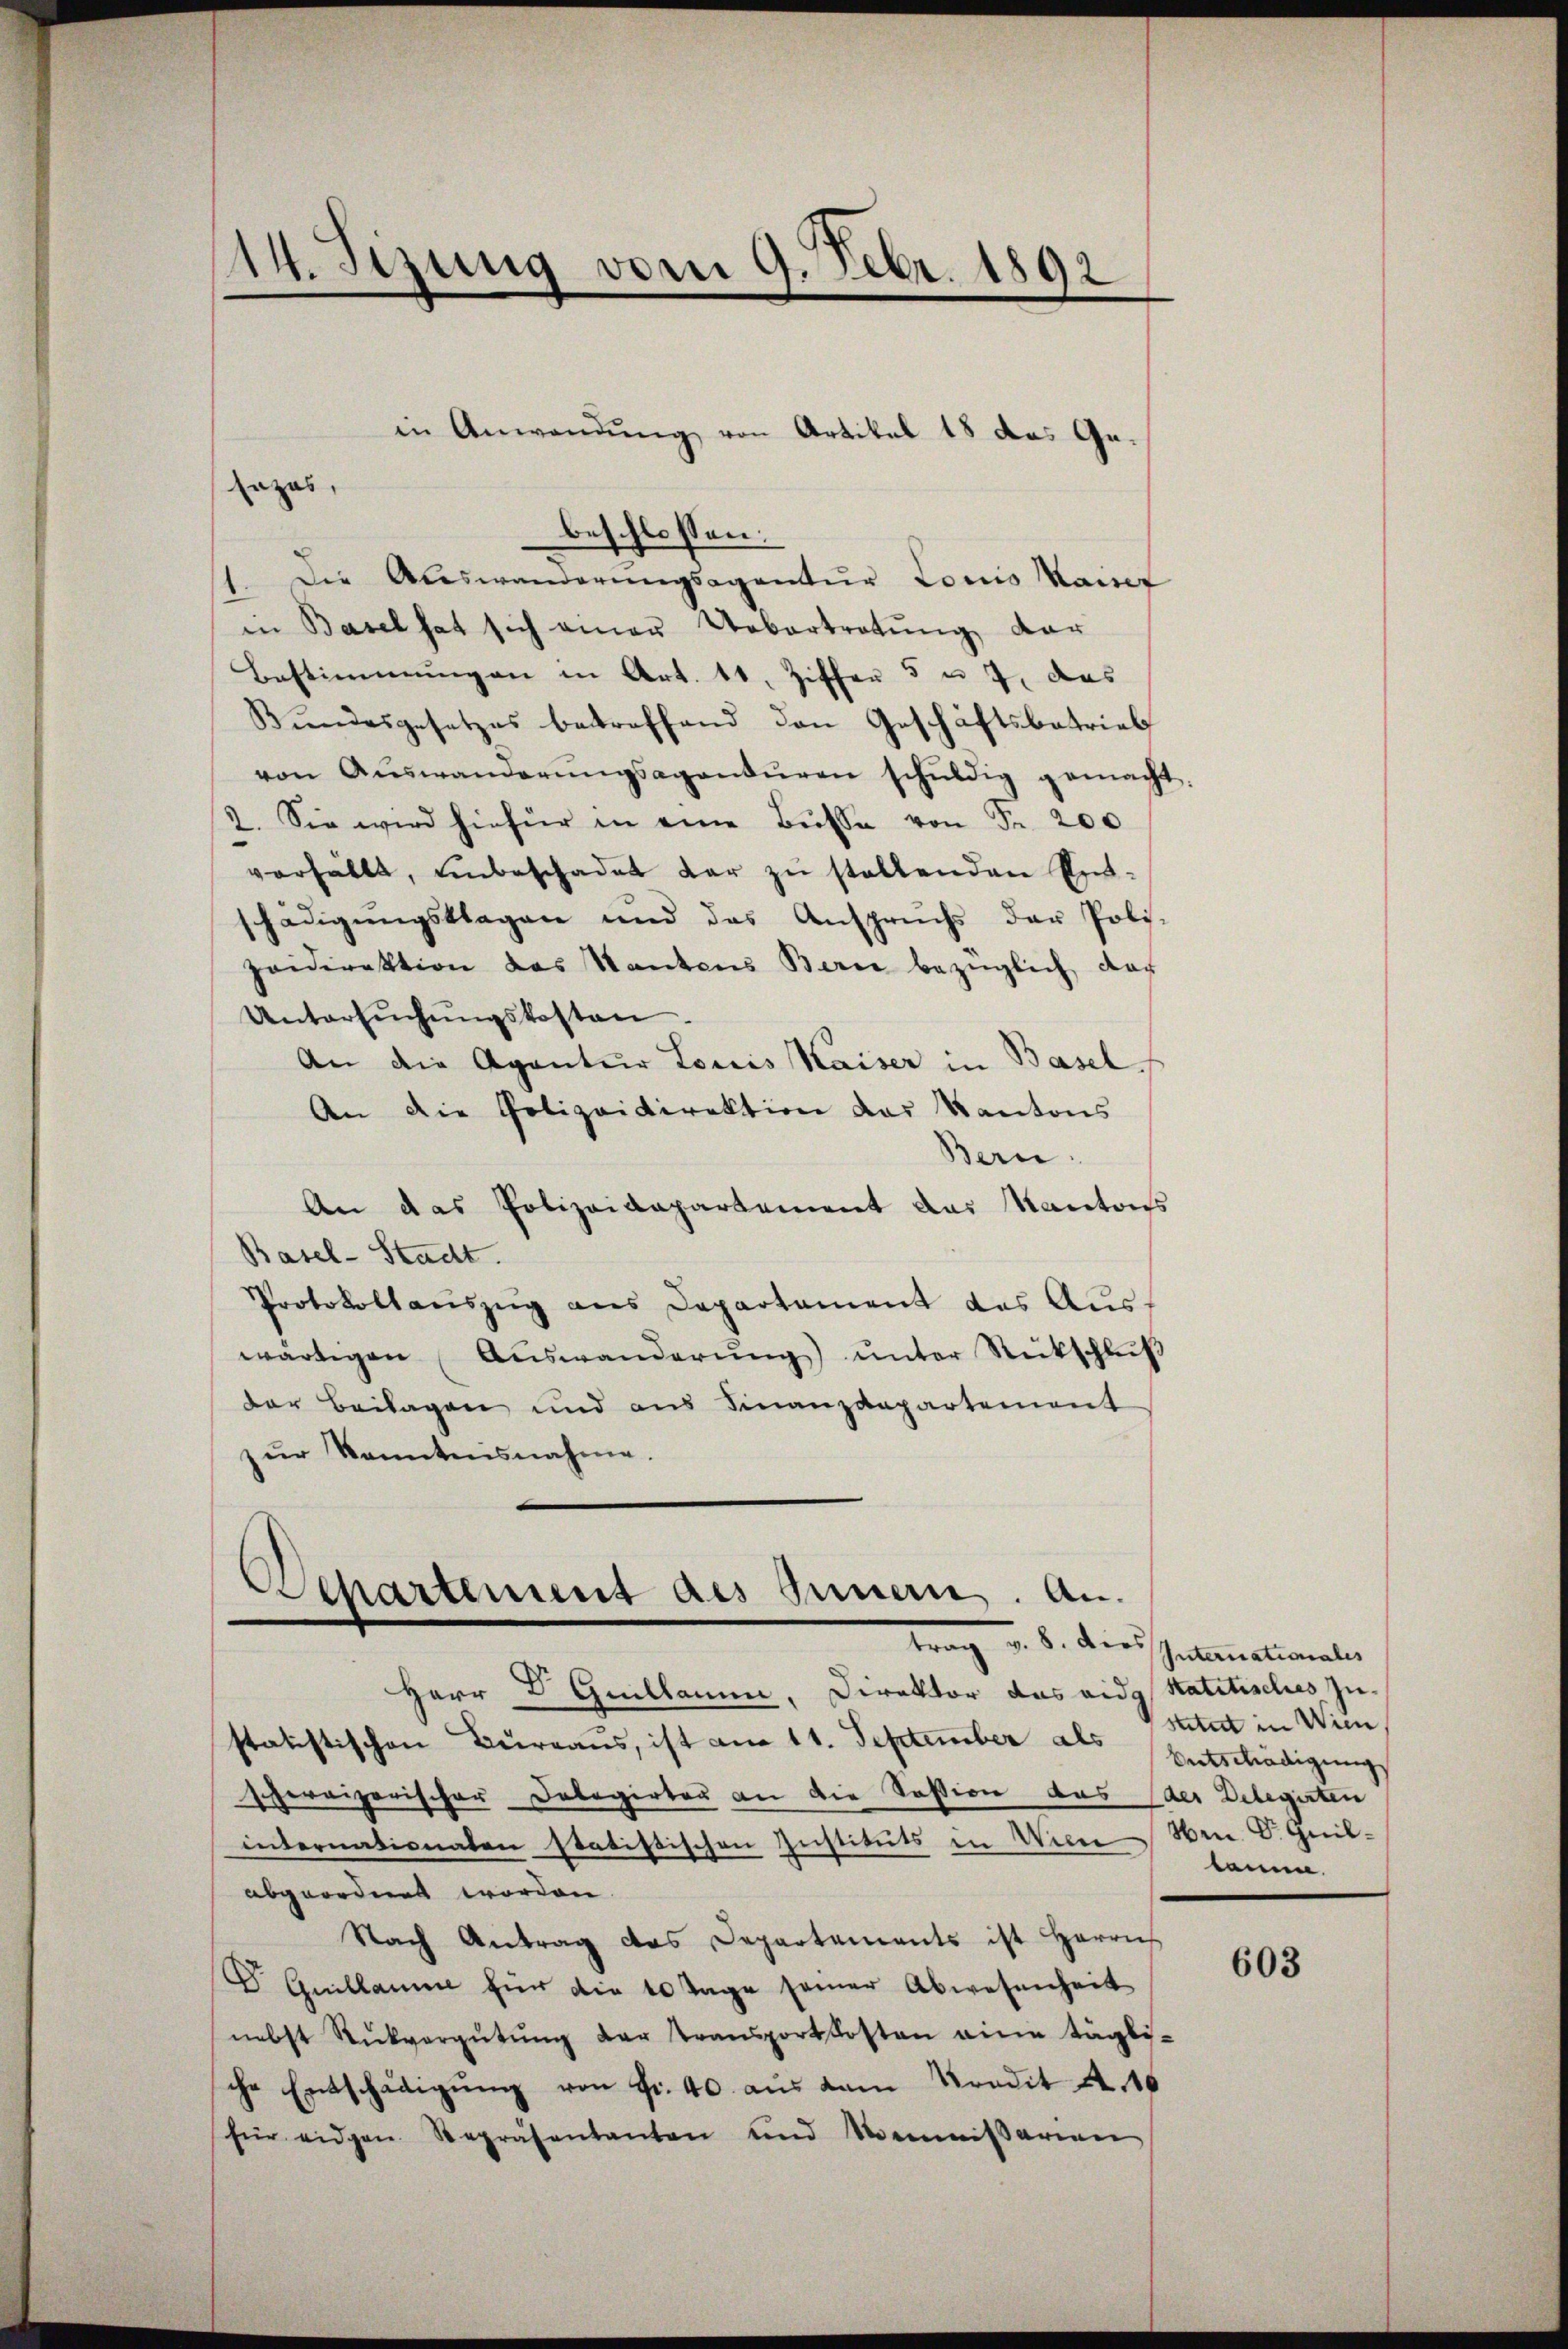
beschlossen:
1. Die Auswanderungsagentur Louis Kaise
in Basel hat sich einer Uebertretung dar
Bestimmungen in Art. 11. Ziffer 5 u. 7, das
Bŭndesgesetzes betreffend den Geschäftsbetrieb
von Aŭswanderŭngsagantŭren schŭldig gemacht.
2. Sie wird hiefür in eine Bŭsse von Fr. 200
verhält, unbeschadet dar zŭ stellenden Ent-
schädigungsklagen und das Anspruchs der Poli-
paidirektion das Kantons Berei bezüglich dar
Untersŭchŭngskosten.
An die Agentur Louis Kaiser in Basel
An die Polizeidirektion das Kantons
Bern.
An das Polizeidepartement das Kantons
Basel-Stadt.
Protokollauszug aus Departament des Auswärtigen Aŭswanderŭng ŭnter Rückschlŭβ
Der Beilagen und aus Finanzdepartement
zur Kenntnisnahme.

114. Sitzung vom 9. Febr. 1892

Lazar,

in Anwendung von Artikel 18 das Ge¬

Dehartement des Innern. Antrag v. 8. dies Intimationales

Herr Dr. Guillaume, Direktor das eidg Statitisches zu-
statistischen Burraus, ist am 11. September als Entschädigung
schereizerischer Delegirten an die Session das der Delegirten
internationaten statistischen Instituts in Wein kam.
abgeordnet worden.
Nach Antrag das Departements ist Herrn
D. Quillamme für die 10 Tage seiner Abwesenheit
nebst Rückvergütŭng der transportkosten eine tägli-
sche Entschädigŭng von Fr. 40. aus dem Kredit A. 16
für eidgen Repräsentanten und Kommissarian

stitut in Wien
Oen. Dr. Heil¬

603